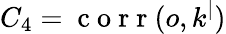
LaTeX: C_{4}=\mathrm{~c~o~r~r~}(o,k^{|})